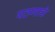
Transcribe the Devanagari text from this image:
पठणाचे